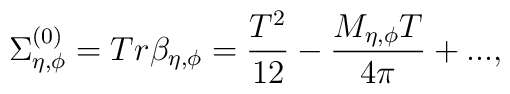
\Sigma^{(0)}_{\eta, \phi} = Tr \beta_{\eta,\phi} = \frac{T^2}{12} -\frac{M_{\eta,\phi} T}{4 \pi} + ... ,